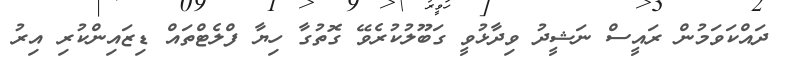
ދައްކަވަމުން ރައީސް ނަޝީދު ވިދާޅުވީ ގަބޫލުކުރެވޭ ގޮތުގާ ހިޔާ ފްލެޓްތައް ޑިޒައިންކުރި އިރު